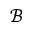
\mathcal { B }